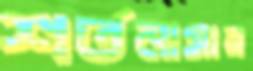
শর্তনামায়